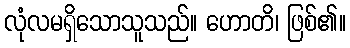
လုံလမရှိသောသူသည်။ ဟောတိ၊ ဖြစ်၏။